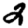
Digit: 2